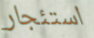
استئجار